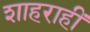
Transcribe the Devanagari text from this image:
शाहराहीं